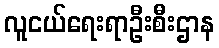
လူငယ်ရေးရာဦးစီးဌာန